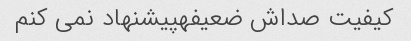
کیفیت صداش ضعیفهپیشنهاد نمی کنم